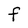
Character: F